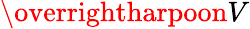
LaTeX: \overrightharpoon{V}